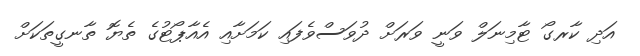
އަދި ކާރގޯ ޓާމިނަލް ވަނީ ވަރަށް ދުވަސްވެފައި ކަމަށާއި އެއާޕޯޓުގެ ތެޔޮ ތާނގީތަކަށް